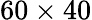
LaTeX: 60\times 40